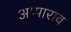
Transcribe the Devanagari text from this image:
अप्पाराव